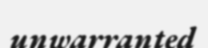
unwarranted